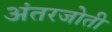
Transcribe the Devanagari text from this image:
अंतरजोती